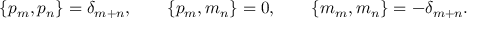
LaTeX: \{ p _ { m } , p _ { n } \} = \delta _ { m + n } , \qquad \{ p _ { m } , m _ { n } \} = 0 , \qquad \{ m _ { m } , m _ { n } \} = - \delta _ { m + n } .